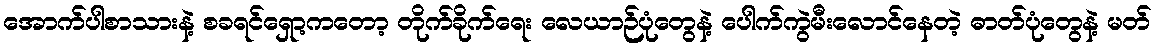
အောက်ပါစာသားနဲ့ စခရင်ရှော့ကတော့ တိုက်ခိုက်ရေး လေယာဉ်ပုံတွေနဲ့ ပေါက်ကွဲမီးလောင်နေတဲ့ ဓာတ်ပုံတွေနဲ့ မတ်